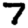
Digit: 7